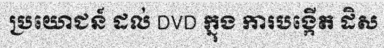
ប្រយោជន៍ ដល់ DVD ក្នុង ការបង្កើត ដិស